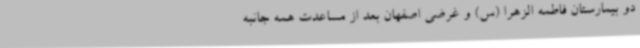
دو بیمارستان فاطمه الزهرا (س) و غرضی اصفهان بعد از مساعدت همه جانبه